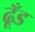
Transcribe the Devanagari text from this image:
ढूँड